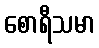
စောရီသမာ